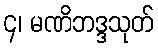
၄၊ မဏိဘဒ္ဒသုတ်